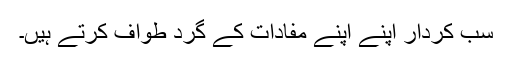
سب کردار اپنے اپنے مفادات کے گرد طواف کرتے ہیں۔